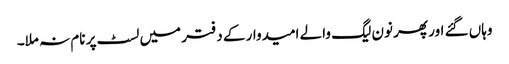
وہاں گئے اور پھر نون لیگ والے امیدوار کے دفتر میں لسٹ پر نام نہ ملا۔